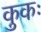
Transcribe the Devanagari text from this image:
कुकः